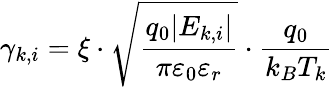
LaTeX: \gamma_{k,i}=\xi\cdot\sqrt{\frac{q_{0}\lvert{E_{k,i}}\rvert}{\pi\varepsilon_{0}\varepsilon_{r}}}\cdot{\frac{q_{0}}{k_{B}T_{k}}}